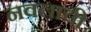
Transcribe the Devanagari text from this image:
नवलाची